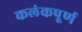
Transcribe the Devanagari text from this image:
कलंकपूर्ण